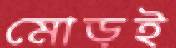
মোড়ই